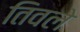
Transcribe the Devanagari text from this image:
तिवले